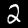
Label: 2